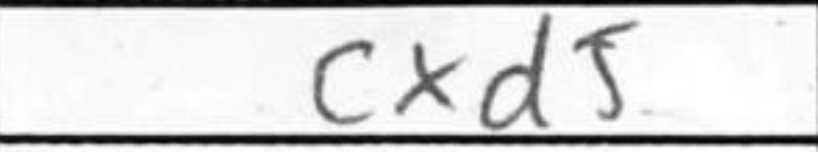
Transcription: cxd5